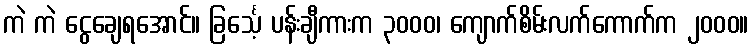
ကဲ ကဲ ငွေချေရအောင်။ ခြင်္သေ့ ပန်းချီကားက ၃၀၀၀၊ ကျောက်စိမ်းလက်ကောက်က ၂၀၀၀။